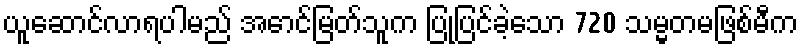
ယူဆောင်လာရပါမည် အောင်မြတ်သူက ပြုပြင်ခဲ့သော 720 သမ္မတမဖြစ်မီက